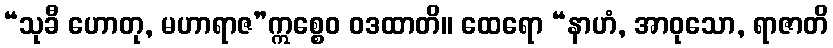
“သုခီ ဟောတု, မဟာရာဇ”ဣစ္စေဝ ဝဒထာတိ။ ထေရော “နာဟံ, အာဝုသော, ရာဇာတိ